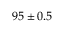
9 5 \pm 0 . 5